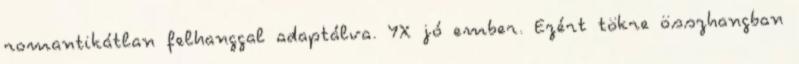
romantikátlan felhanggal adaptálva. YX jó ember. Ezért tökre összhangban